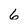
Character: 6